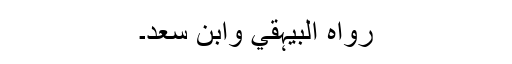
رَوَاہُ الْبَیْہَقِيُّ وَابْنُ سَعْدٍ۔